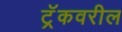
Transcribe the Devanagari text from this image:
ट्रॅकवरील